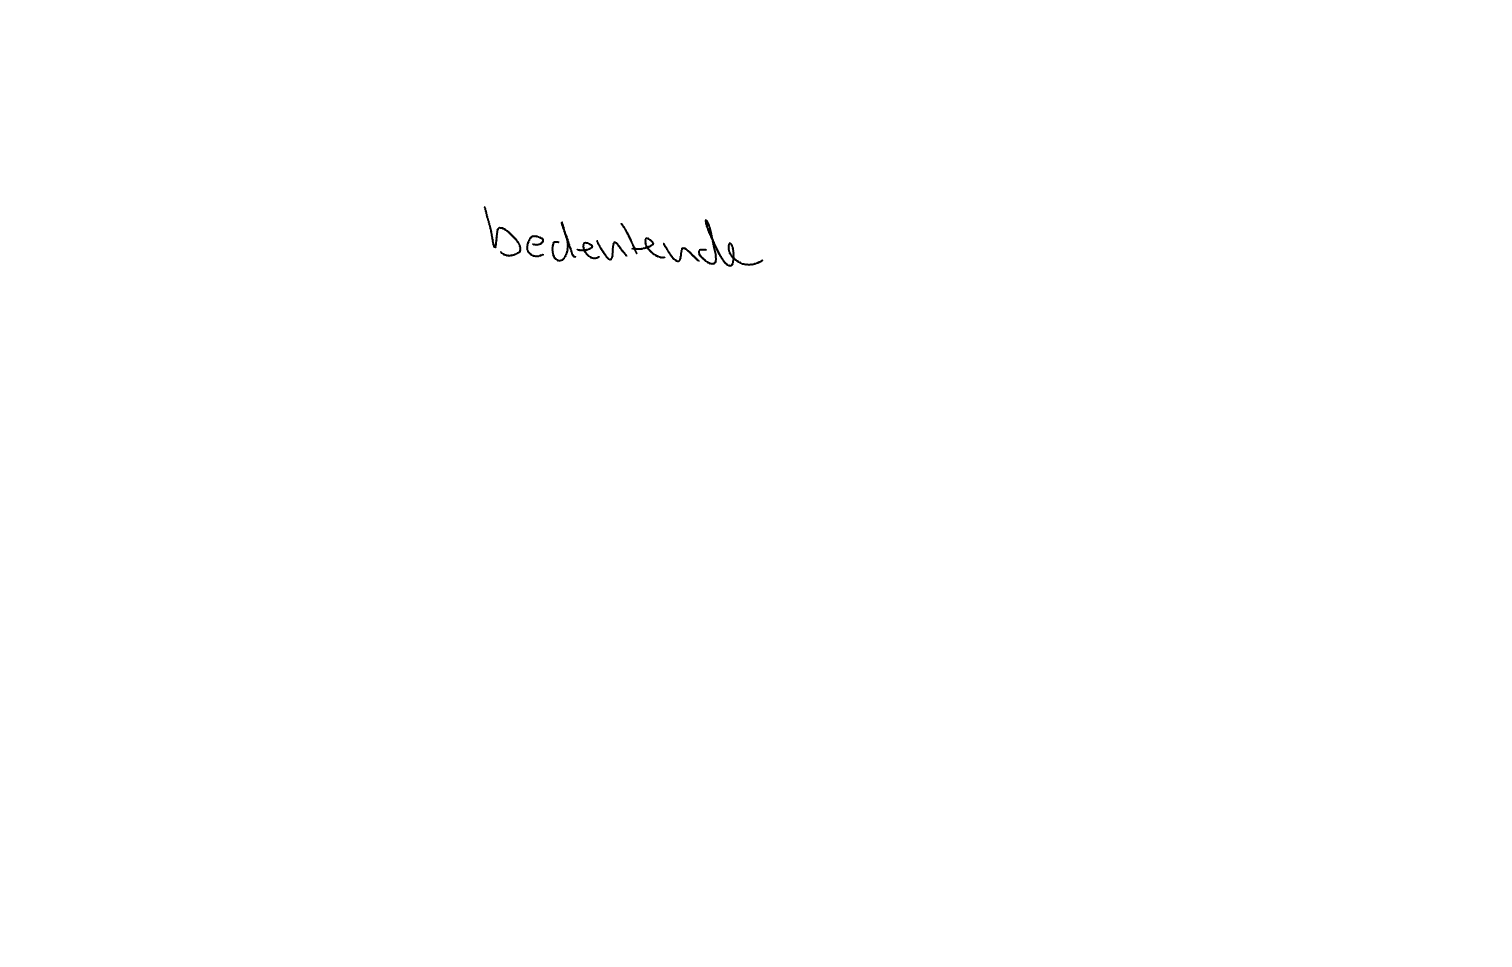
Text: bedeutende